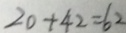
2 0 + 4 2 = 6 2